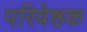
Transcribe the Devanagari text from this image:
परिवेष्ठक